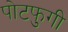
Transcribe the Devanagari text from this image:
पोटफुगी